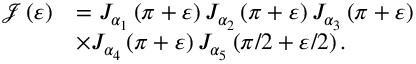
\begin{array} { r l } { \mathcal { J } \left( \varepsilon \right) } & { = J _ { \alpha _ { 1 } } \left( \pi + \varepsilon \right) J _ { \alpha _ { 2 } } \left( \pi + \varepsilon \right) J _ { \alpha _ { 3 } } \left( \pi + \varepsilon \right) } \\ & { \times J _ { \alpha _ { 4 } } \left( \pi + \varepsilon \right) J _ { \alpha _ { 5 } } \left( \pi / 2 + \varepsilon / 2 \right) . } \end{array}